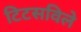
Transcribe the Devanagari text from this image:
टिटसविले